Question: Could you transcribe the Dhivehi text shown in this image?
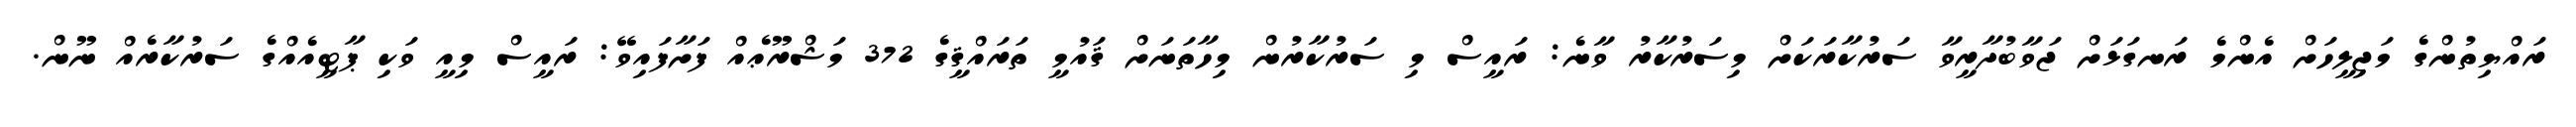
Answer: ރައްޔިތުންގެ މަޖިލީހަށް އެންމެ ރަނގަޅަށް ޖަވާބުދާރީވާ ސަރުކާރަކަށް މިސަރުކާރު ވާނެ: ރައީސް މި ސަރުކާރުން މިހާތަނަށް ޤައުމީ ތަރައްޤީގެ 372 މަޝްރޫޢެއް ފަށާފައިވޭ: ރައީސް މިއީ ވަކި ޕާޓީއެއްގެ ސަރުކާރެއް ނޫން.